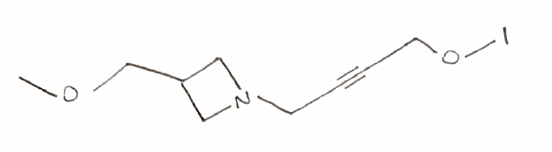
Simplified molecular-input line-entry system (SMILES) notation of the given molecule:
COCC1CN(C1)CC#CCOI